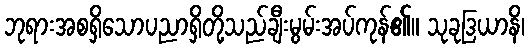
ဘုရားအစရှိသောပညာရှိတို့သည်ချီးမွမ်းအပ်ကုန်၏။ သုခုဒြယာနိ၊